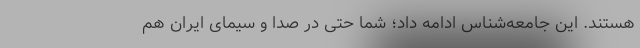
هستند. این جامعه‌شناس ادامه داد؛ شما حتی در صدا و سیمای ایران هم